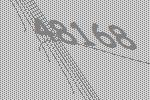
48168